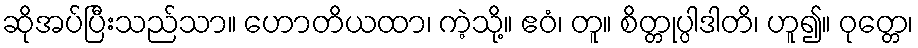
ဆိုအပ်ပြီးသည်သာ။ ဟောတိယထာ၊ ကဲ့သို့။ ဧဝံ၊ တူ။ စိတ္တုပ္ပါဒါတိ၊ ဟူ၍။ ဝုတ္တေ၊